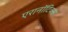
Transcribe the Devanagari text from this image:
एरानाॅटिक्स